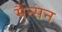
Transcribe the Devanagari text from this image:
मैंन्सन